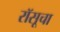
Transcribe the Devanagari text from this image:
रॉसूचा